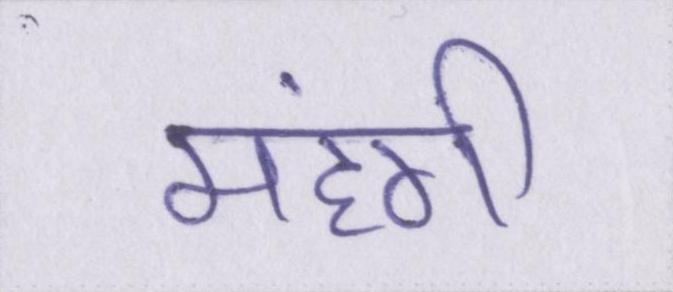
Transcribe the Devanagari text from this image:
महंगी